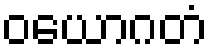
ဝယောဂတံ